Leaving Certificate Examination, 1914
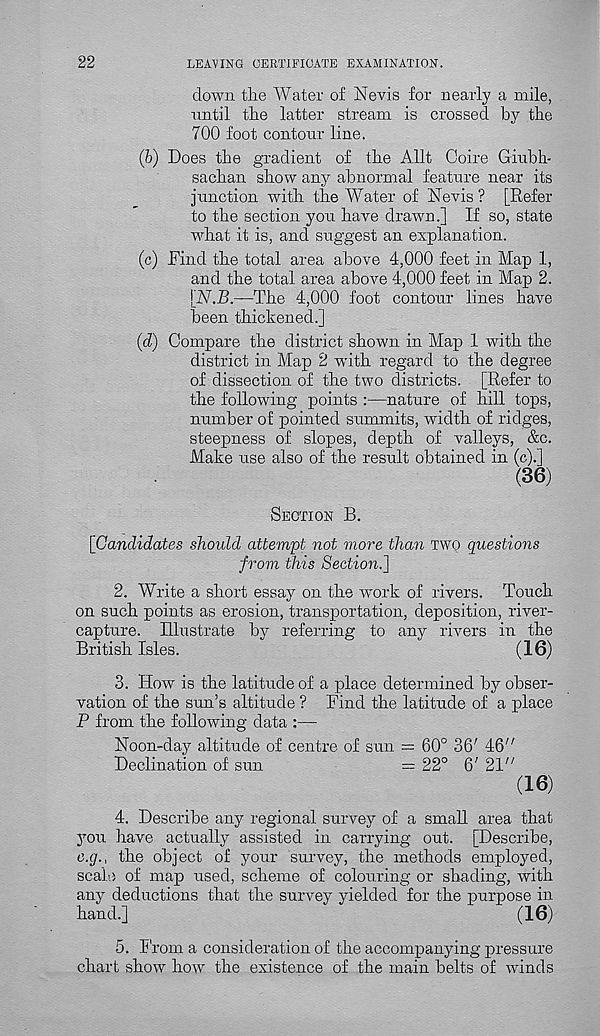
22
LEAVING CERTIFICATE EXAMINATION.
down the Water of Nevis for nearly a mile,
until the latter stream is crossed by the
700 foot contour line.
(b) Does the gradient of the Allt Coire Giubh-
sachan show any abnormal feature near its
junction with the Water of Nevis ? [Refer
to the section yon have drawn.] If so, state
what it is, and suggest an explanation.
(c) Find the total area above 4,000 feet in Map 1,
and the total area above 4,000 feet in Map 2.
[N.B.—The 4,000 foot contour lines have
been thickened.]
(d) Compare the district shown in Map 1 with the
district in Map 2 with regard to the degree
of dissection of the two districts. [Refer to
the following points :—nature of hill tops,
number of pointed summits, width of ridges,
steepness of slopes, depth of valleys, &c.
Make use also of the result obtained in (c).]
(36)
SECTION B.
[Candidates should attempt not more than TWO questions
from this Section.]
2. Write a short essay on the work of rivers. Touch
on such points as erosion, transportation, deposition, river-
capture. Illustrate by referring to any rivers in the
British Isles.
(16)
3. How is the latitude of a place determined by obser-
vation of the sun’s altitude ? Find the latitude of a place
P from the following data
Noon-day altitude of centre of sun = 60° 36' IG"
Declination of sun
=f 22° 6' 21"
(16)
4. Describe any regional survey of a small area that
you have actually assisted in carrying out. [Describe,
e.g., the object of your survey, the methods employed,
scale of map used, scheme of colouring or shading, with
any deductions that the survey yielded for the purpose in
hand.]
(16)
5. From a consideration of the accompanying pressure
chart show how the existence of the main belts of winds